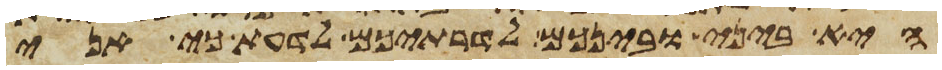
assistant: היא ביני ובינכם לדרתיכם לדעת כי אני